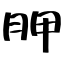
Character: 胛